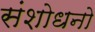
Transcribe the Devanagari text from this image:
संशोधनो